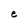
Character: e